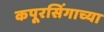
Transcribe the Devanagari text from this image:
कपूरसिंगाच्या